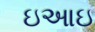
ઇઆઇ